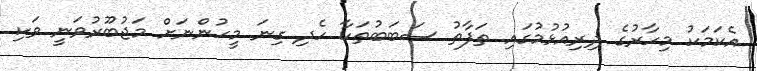
އެކަމަކު މިހާރުގެ ދިރިއުޅުމުގައި ތަފާތު ސަބަބުތަކާ ހެދި ގިނަ މީހުންނަށް މަޖުބޫރުވަނީ ވަކި